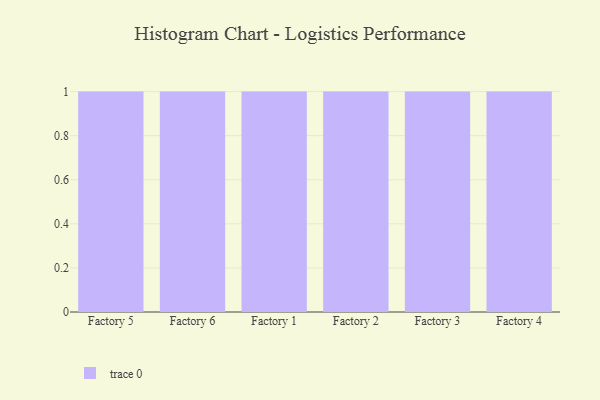
{"axis": {"x": "Factory", "y": "Revenue (USD Million)"}, "legend": [""], "data": [{"x": "Factory 5", "y": 100, "type": ""}, {"x": "Factory 6", "y": 74, "type": ""}, {"x": "Factory 1", "y": 8, "type": ""}, {"x": "Factory 2", "y": 9, "type": ""}, {"x": "Factory 3", "y": 83, "type": ""}, {"x": "Factory 4", "y": 51, "type": ""}]}